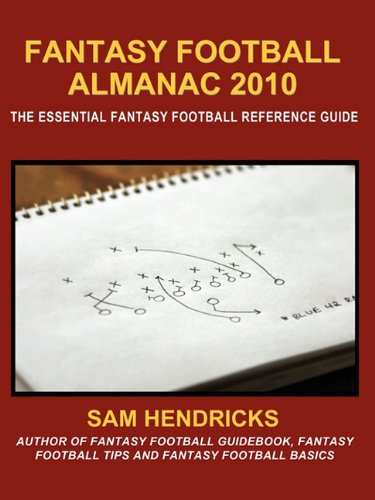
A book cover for Fantasy Football Almanac 2010: The Essential Fantasy Football Reference Guide; Sam Hendricks; Humor & Entertainment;